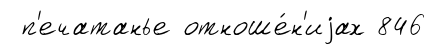
п'ечатанье отноше́н'иjах 846